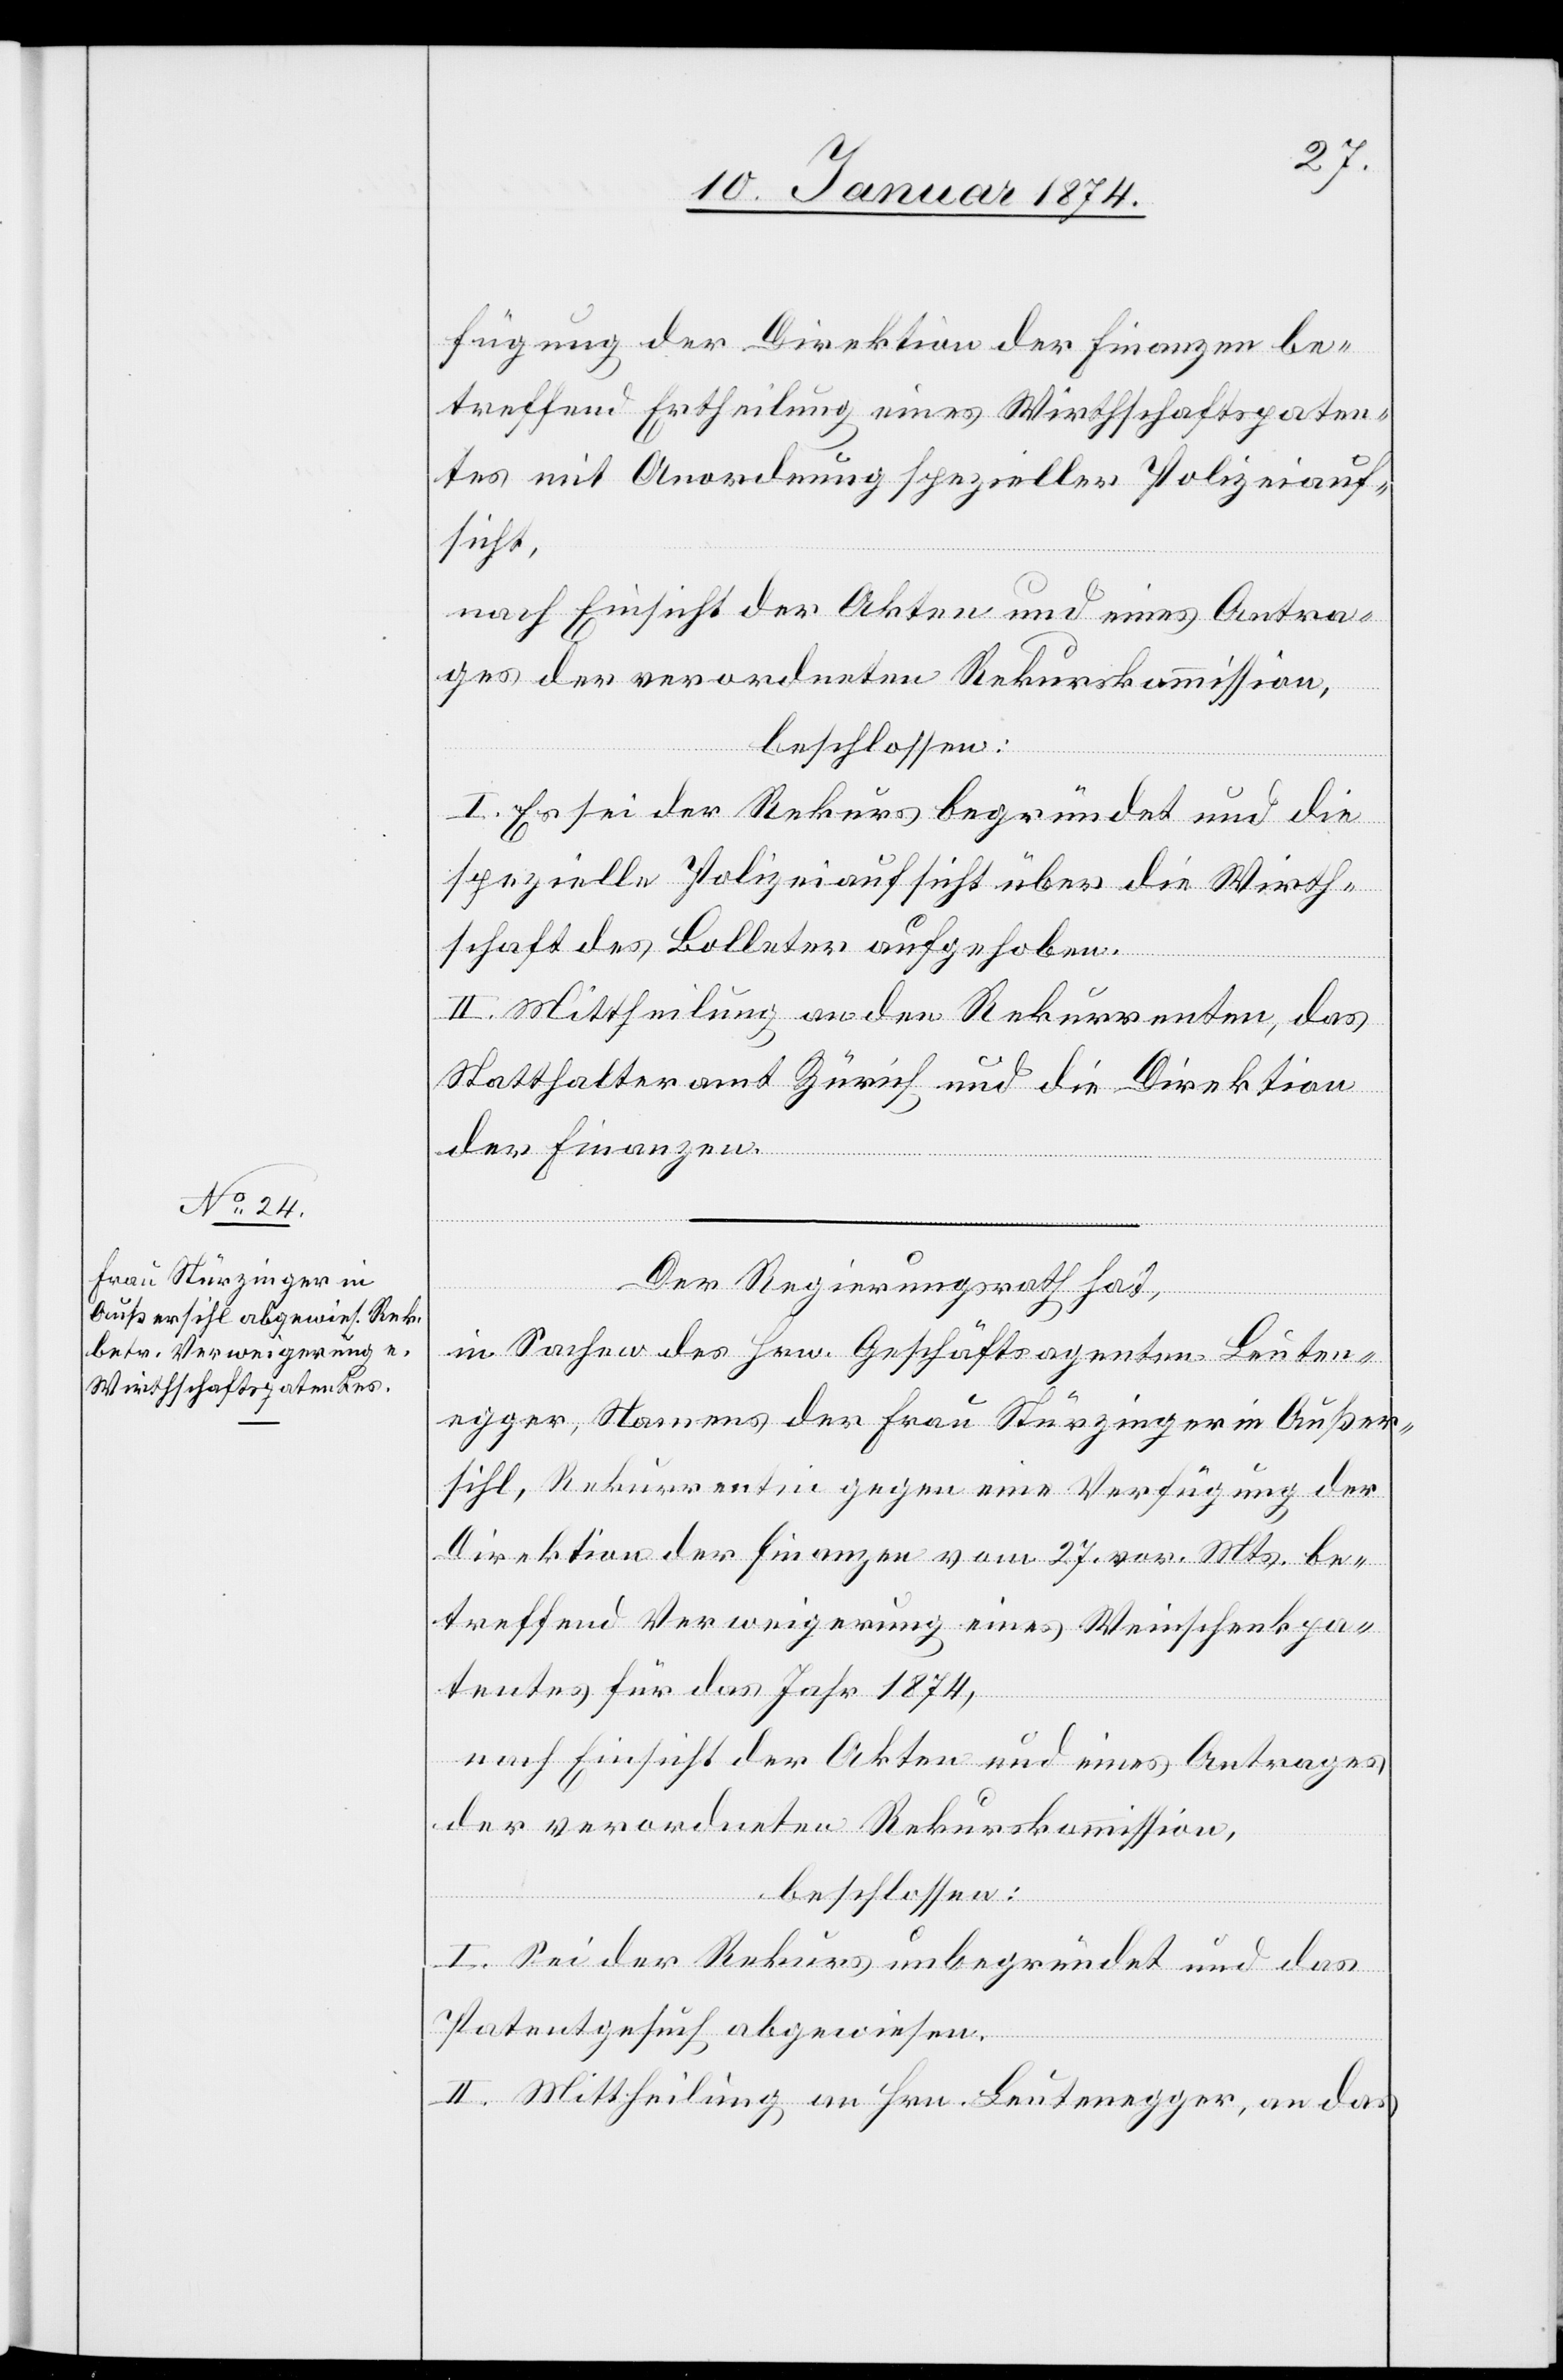
fügung der Direktion der Finanzen be¬
treffend Ertheilung eines Wirthschaftspaten¬
tes mit Anordnung spezieller Polizeiauf¬
sicht
ges der verordneten Rekurskommission,
beschlossen:
I. Es sei der Rekurs begründet und die
spezielle Polizeiaufsicht über die Wirth¬
schaft des Bolleters aufgehoben.
II. Mittheilung an den Rekurrenten, das
Statthalteramt Zürich und die Direktion
der Finanzen.
Der Regierungsrath hat,
in Sachen des Hrn. Geschäftsagenten Leuten¬
egger, Namens der Frau Stürzinger in Außer¬
sihl, Rekurrentin gegen eine Verfügung der
Direktion der Finanzen vom 27. vor. Mts. be¬
treffend Verweigerung eines Weinschenkpa¬
tentes für das Jahr 1874,
Antra¬
nach Einsicht der Akten und eines Antrages
der verordneten Rekurskommission,
beschlossen:
I. Sei der Rekurs unbegründet und das
Patentgesuch abgewiesen.
Ein¬
II. Mittheilung an Hrn. Leutenegger, an das